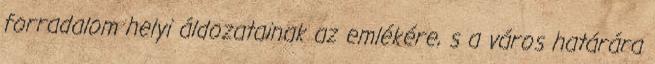
forradalom helyi áldozatainak az emlékére, s a város határára